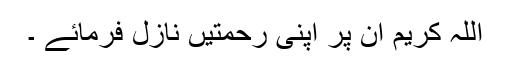
اللہ کریم ان پر اپنی رحمتیں نازل فرمائے ۔